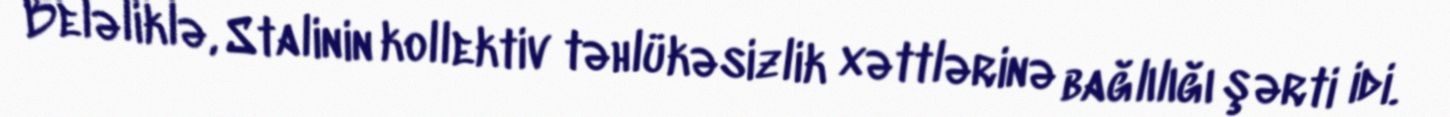
Beləliklə, Stalinin kollektiv təhlükəsizlik xəttlərinə bağlılığı şərti idi.